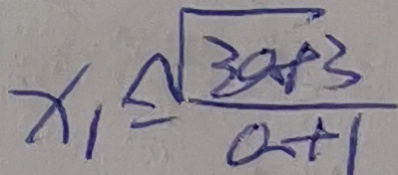
x _ { 1 } = \frac { \sqrt { 3 a + 3 } } { a + 1 }